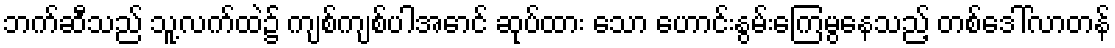
ဘက်ဆီသည် သူ့လက်ထဲ၌ ကျစ်ကျစ်ပါအောင် ဆုပ်ထား သော ဟောင်းနွမ်းကြေမွနေသည့် တစ်ဒေါ်လာတန်